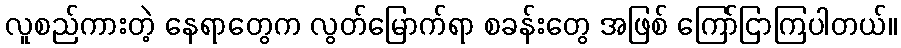
လူစည်ကားတဲ့ နေရာတွေက လွတ်မြောက်ရာ စခန်းတွေ အဖြစ် ကြော်ငြာကြပါတယ်။